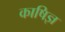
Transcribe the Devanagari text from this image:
काषिज्ञ